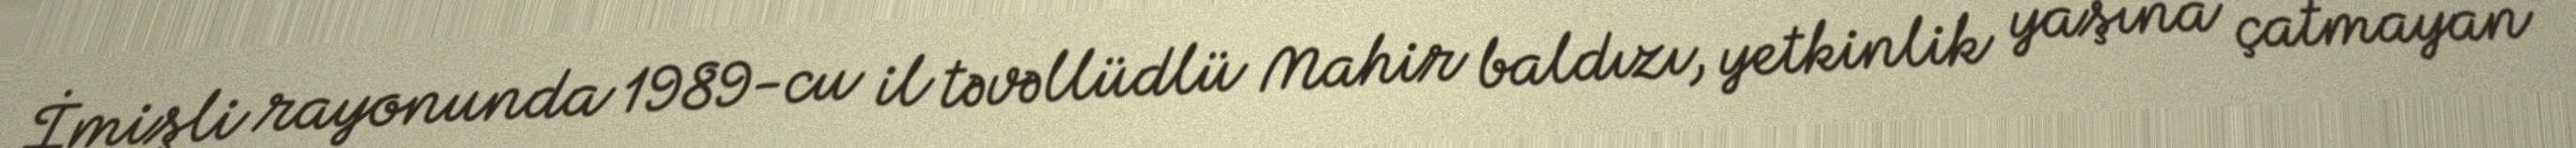
İmişli rayonunda 1989-cu il təvəllüdlü Mahir baldızı, yetkinlik yaşına çatmayan